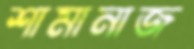
শামানাজ